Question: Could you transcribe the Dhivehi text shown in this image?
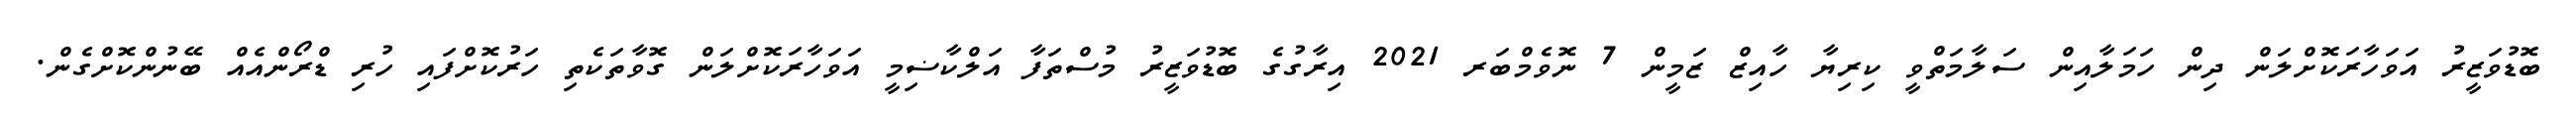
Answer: ބޮޑުވަޒީރު އަވަހާރަކޮށްލަން ދިން ހަމަލާއިން ސަލާމަތްވީ ކިރިޔާ ހާއިޒް ޒަމީން 7 ނޮވެމްބަރ 2021 އިރާގުގެ ބޮޑުވަޒީރު މުސްތަފާ އަލްކާޟިމީ އަވަހާރަކޮށްލަން ގޮވާތަކެތި ހަރުކޮށްފައި ހުރި ޑްރޯންއެއް ބޭނުންކޮށްގެން.